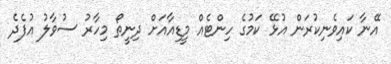
އޭނާ ކައިވެނިކުރަން އުޅޭ ކަމުގެ ހިންޓެއް މީޑިއާއަށް ދިނީތޯ މިހާރު ސުވާލު އުފެދެ